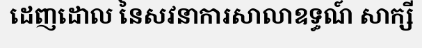
ដេញដោល នៃសវនាការសាលាឧទ្ធណ៍ សាក្សី